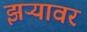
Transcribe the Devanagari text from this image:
झऱ्यावर